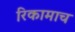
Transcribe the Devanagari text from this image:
रिकामाच